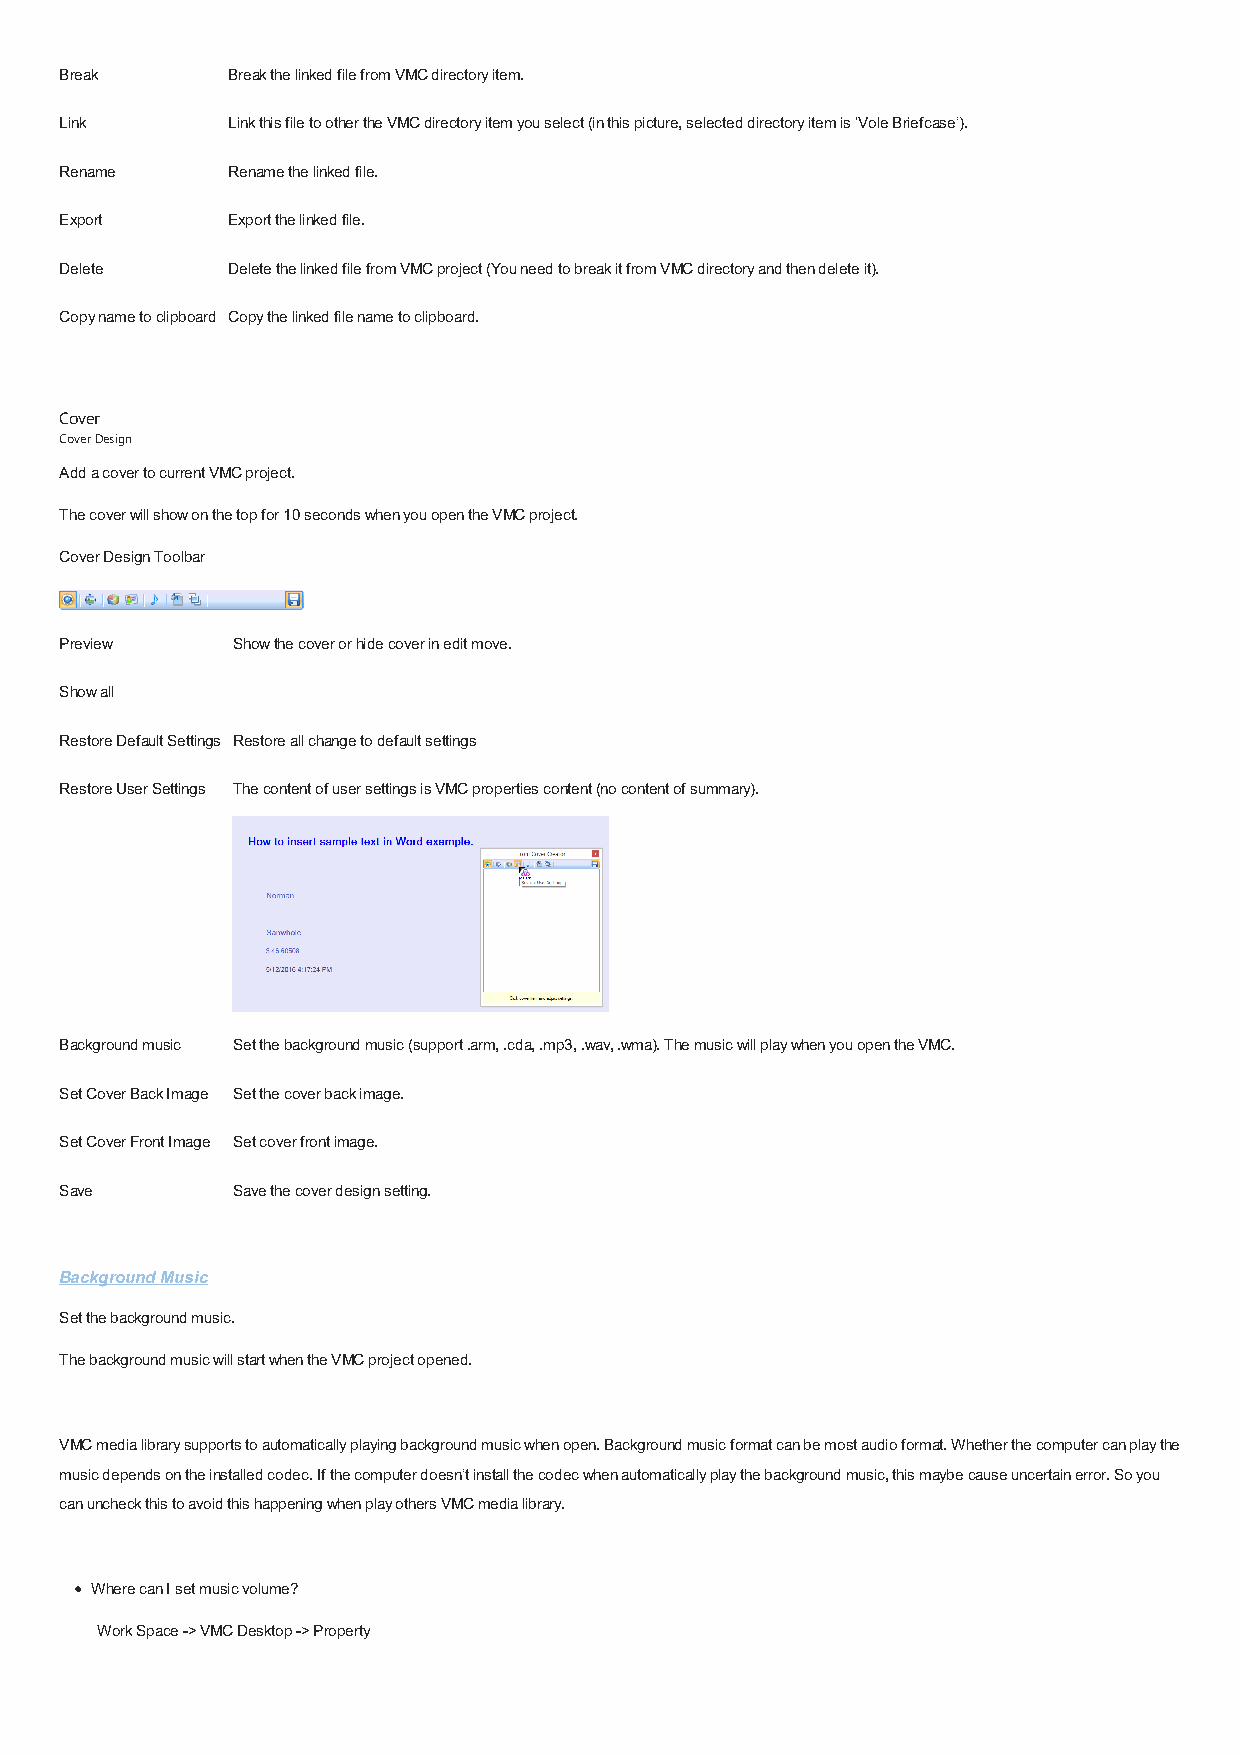
Break      Break the linked file from VMC directory item.
 Link       Link this file to other the VMC directory item you select (in this picture, selected directory item is ‘Vole Briefcase’).
 Rename     Rename the linked file.
 Export     Export the linked file.
 Delete     Delete the linked file from VMC project (You need to break it from VMC directory and then delete it).
 Copy name to clipboard Copy the linked file name to clipboard.
 Cover
 Cover Design
 Add a cover to current VMC project.
 The cover will show on the top for 10 seconds when you open the VMC project.
 Cover Design Toolbar
 Preview    Show the cover or hide cover in edit move.
 Show all
 Restore Default Settings Restore all change to default settings
 Restore User Settings The content of user settings is VMC properties content (no content of summary).
 Background music Set the background music (support .arm, .cda, .mp3, .wav, .wma). The music will play when you open the VMC.
 Set Cover Back Image Set the cover back image.
 Set Cover Front Image Set cover front image.
 Save       Save the cover design setting.
 Background Music
 Set the background music.
 The background music will start when the VMC project opened.
 VMC media library supports to automatically playing background music when open. Background music format can be most audio format. Whether the computer can play the
 music depends on the installed codec. If the computer doesn’t install the codec when automatically play the background music, this maybe cause uncertain error. So you
 can uncheck this to avoid this happening when play others VMC media library.
 Where can I set music volume?
 Work Space -> VMC Desktop -> Property